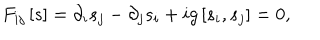
LaTeX: F _ { i j } \left[ s \right] = \partial _ { i } s _ { j } - \partial _ { j } s _ { i } + i g \left[ s _ { i } , s _ { j } \right] = 0 ,